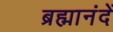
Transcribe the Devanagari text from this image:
ब्रह्मानंदें